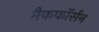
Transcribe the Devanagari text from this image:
मैकफॉर्सन